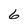
Character: 6